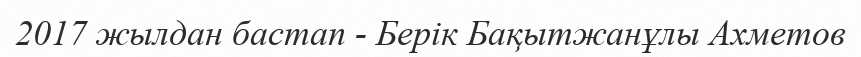
2017 жылдан бастап - Берік Бақытжанұлы Ахметов